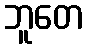
ဘူတေ